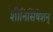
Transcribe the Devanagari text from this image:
शीनिसिषेशन्